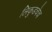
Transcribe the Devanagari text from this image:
लिकुडचेच